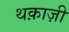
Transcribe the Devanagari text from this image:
थक़ाज़ी